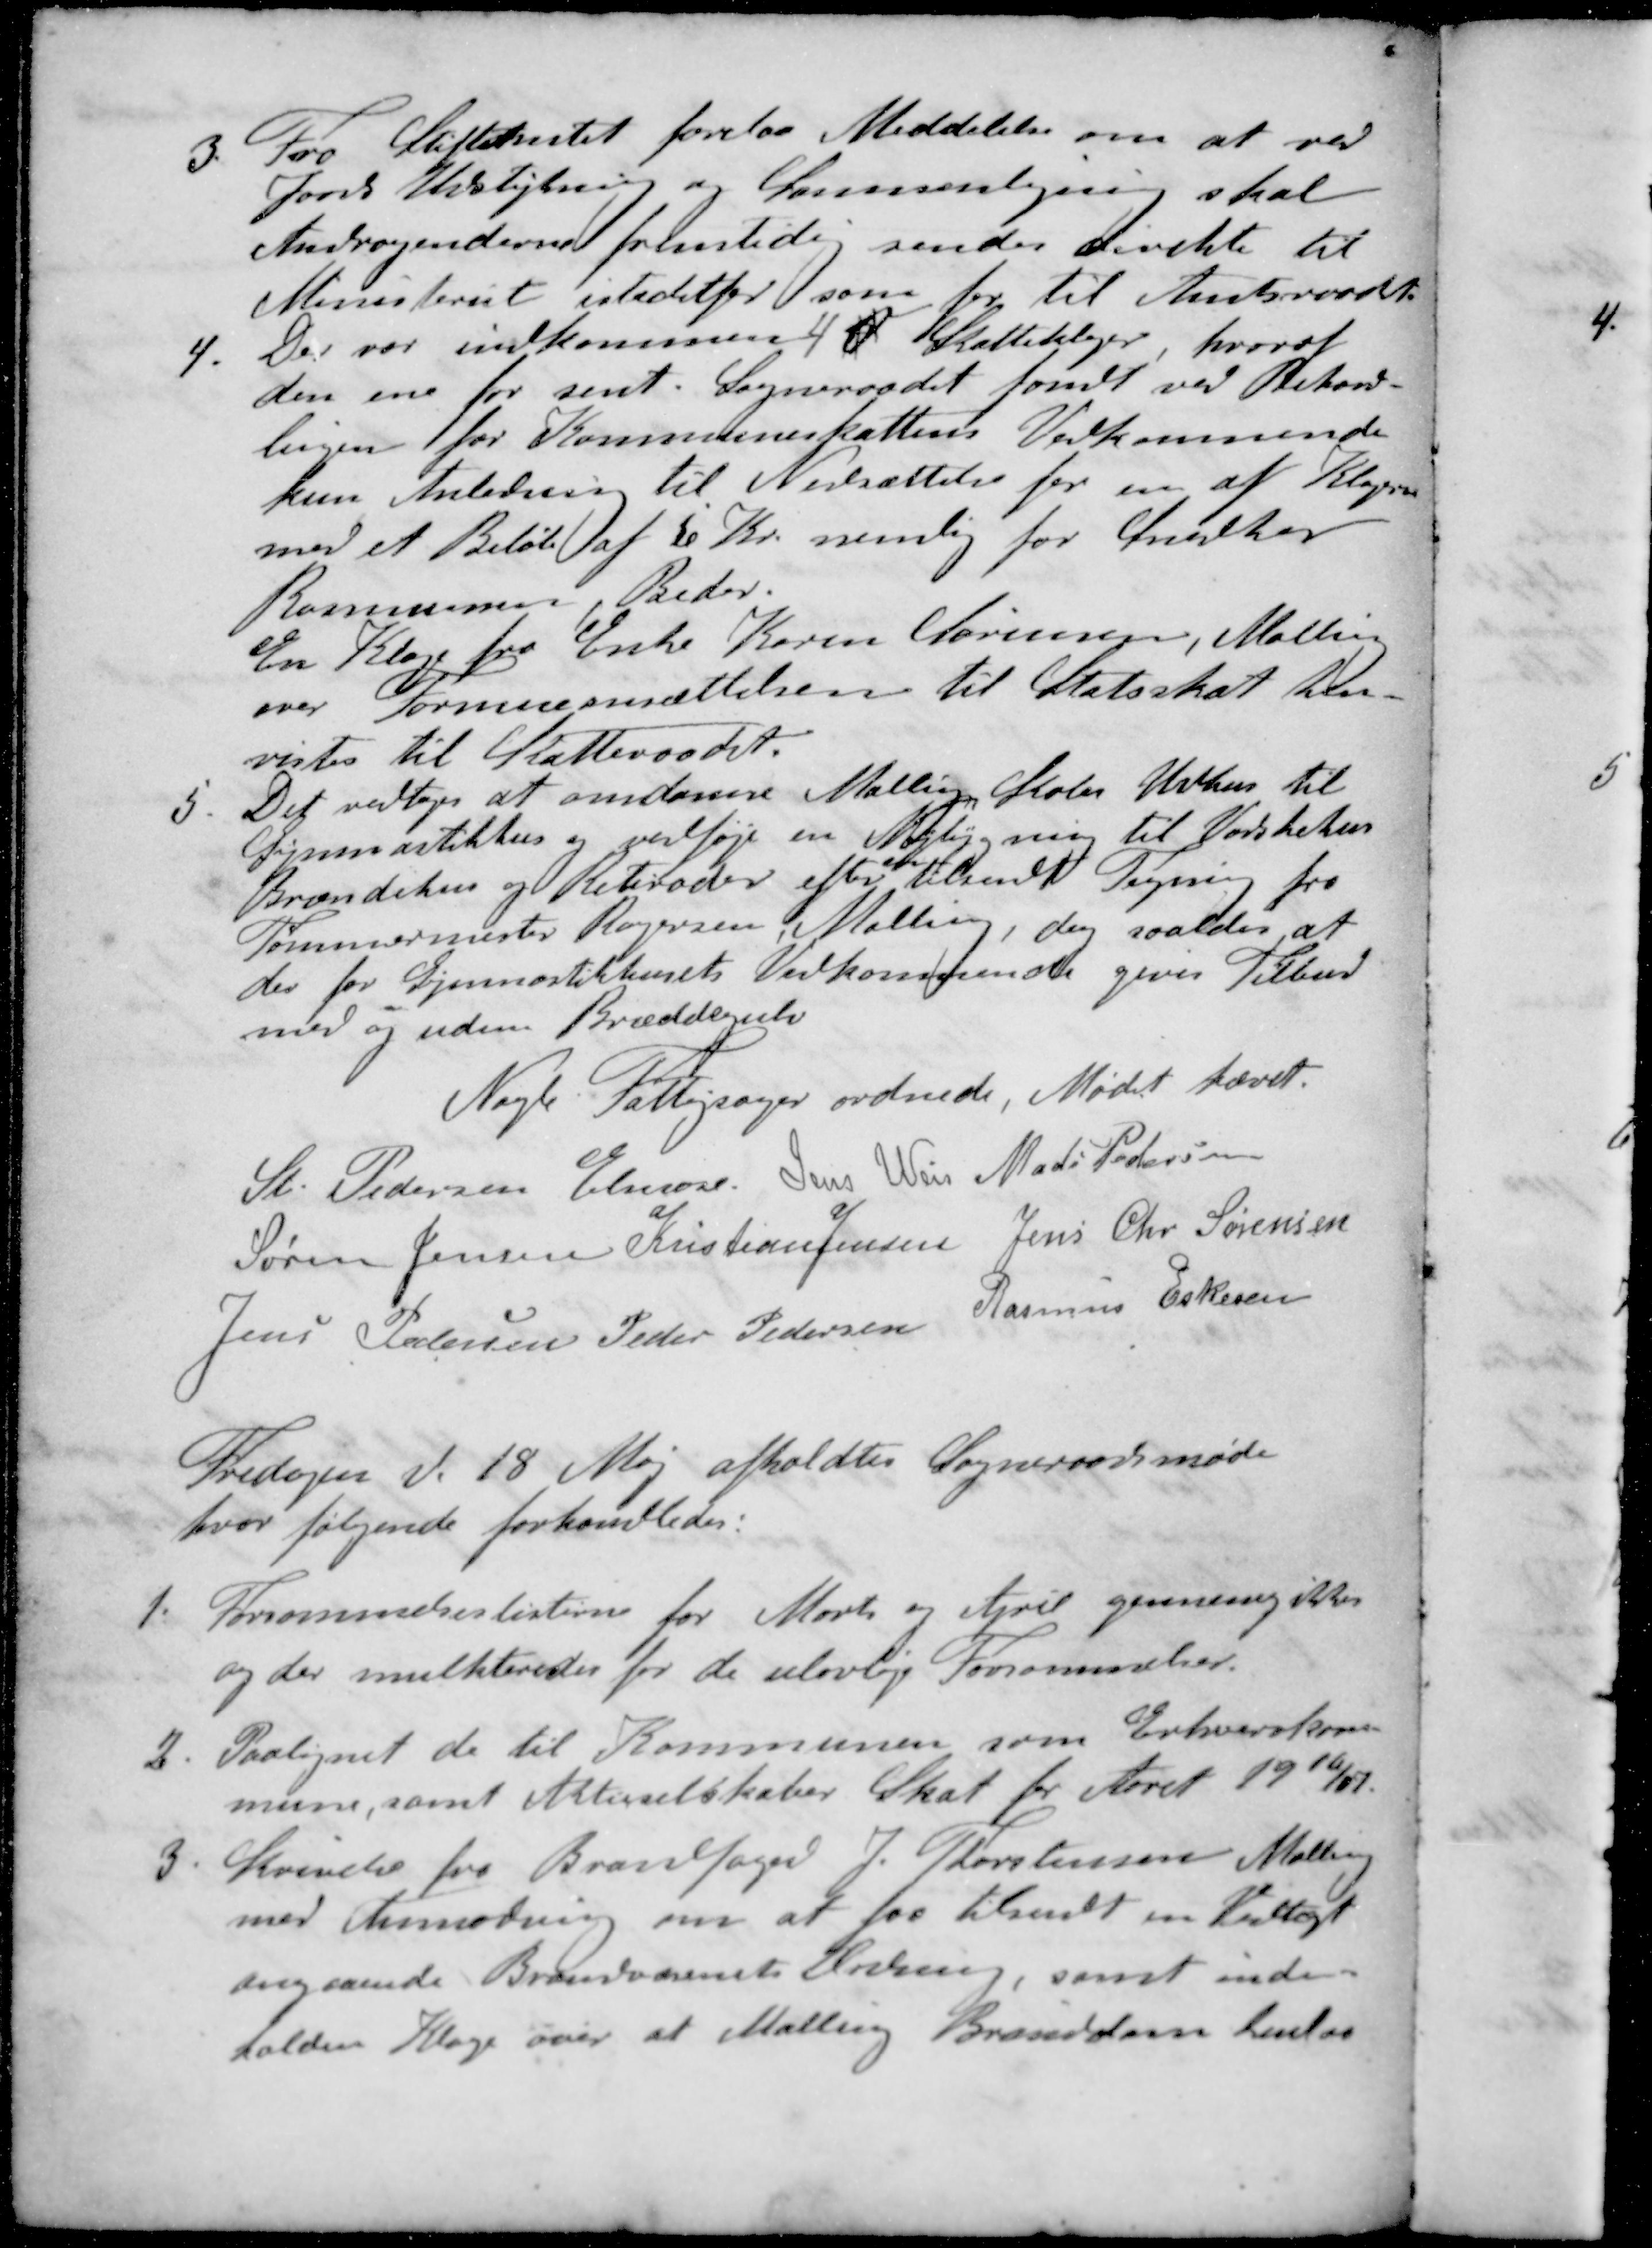
Transskription:
3. Fra Stiftamtet forelaa Meddelelse om at ved
Jords Udstykning og Sammenlægning skal
Andragenderne fremtidig sendes direkte til
Ministeriet istedetfor som for til Amtsraadet
4. Der var indkommende Skatteklager, hvoraf
den ene for sent. Sogneraadet fandt ved Behand-
lingen for Kommuneskattens Vedkommende
kun Anledning til Nedsættelse for en af Klagerne
med et Beløb af 50 Kr. nemlig for Snedker
Rasmussen, Beder.
En Klage fra Enke Karen Sørensen, Malling
over Formueansættelsen til Statsskat hen-
vistes til Skatteraadet.
5. Det vedtoges at omdanne Malling Skoles Udhus til
Gymnastikhus og vedføje en Nybygning til Vadskehus
Brændehus og Retirader efter tilsendt Tegning fra
Tømmermester Rogersen Malling, dog saaledes at
der for Gymnastikhusets Vedkommende gives Tilbud
med og uden Bræddegulv
Nogle Fattigsager ordnede, Mødet hævet.
St Pedersen Elmose
Jens Weis
Mads Pedersen
Søren Jensen
Kristian Jensen
Jens Chr Sørensen
Jens Petersen
Peder Pedersen
Rasmus Eskesen
Fredagen d. 18 Maj afholdtes Sogneraadsmøde
hvor følgende forhandledes:
1. Forsømmelseslisterne for Marts og April gennemgikkes
og der mulkteredes for de ulovlige Forsømmelser.
2. Paalignet de til Kommunen som Erhvervskom-
mune, samt Aktieselskaber Skat for Aaret 1906/07
3. Skrivelse fra Brandfoged J Thorstensen Malling
med Anmodning om at faa tilsendt en Vedtægt
angaaende Brandvæsenets Ording, samt inde-
holden Klage over at Malling Branddom henlaa